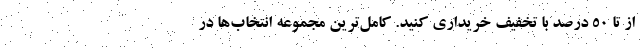
از تا 50 درصد با تخفیف خریداری کنید. کامل‌ترین مجموعه انتخاب‌ها در